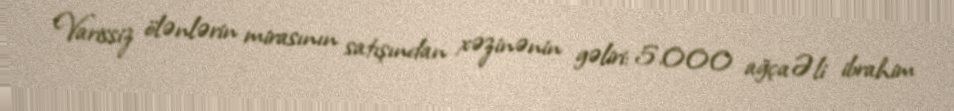
Varissiz ölənlərin mirasının satışından xəzinənin gəliri: 5.000 ağçaƏli ibrahim